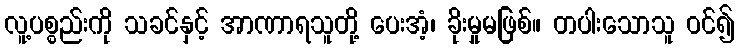
လူ့ပစ္စည်းကို သခင်နှင့် အာဏာရသူတို့ ပေးအံ့၊ ခိုးမှုမဖြစ်။ တပါးသောသူ ဝင်၍